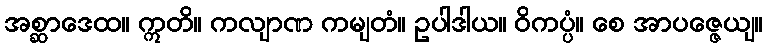
အစ္ဆာဒေထ။ ဣတိ။ ကလျာဏ ကမျတံ။ ဥပါဒါယ။ ဝိကပ္ပံ။ စေ အာပဇ္ဇေယျ။